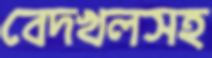
বেদখলসহ